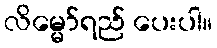
လိမ္မော်ရည် ပေးပါ။